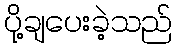
ပို့ချပေးခဲ့သည်